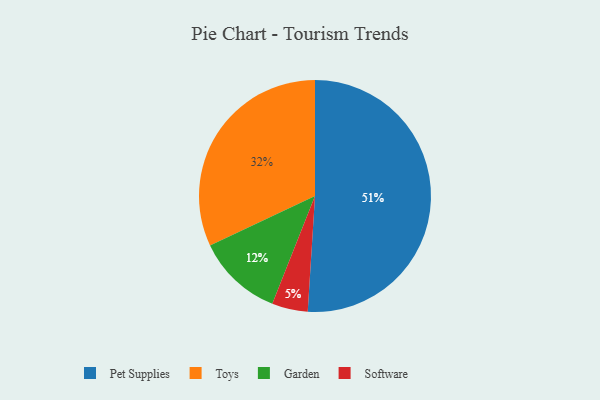
{"axis": {"x": "Category", "y": "Percentage"}, "legend": ["Garden", "Pet Supplies", "Software", "Toys"], "data": [{"x": "Pet Supplies", "y": 51, "type": "Pet Supplies"}, {"x": "Garden", "y": 12, "type": "Garden"}, {"x": "Toys", "y": 32, "type": "Toys"}, {"x": "Software", "y": 5, "type": "Software"}]}